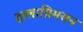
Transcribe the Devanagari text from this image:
हालाग्रिमसन